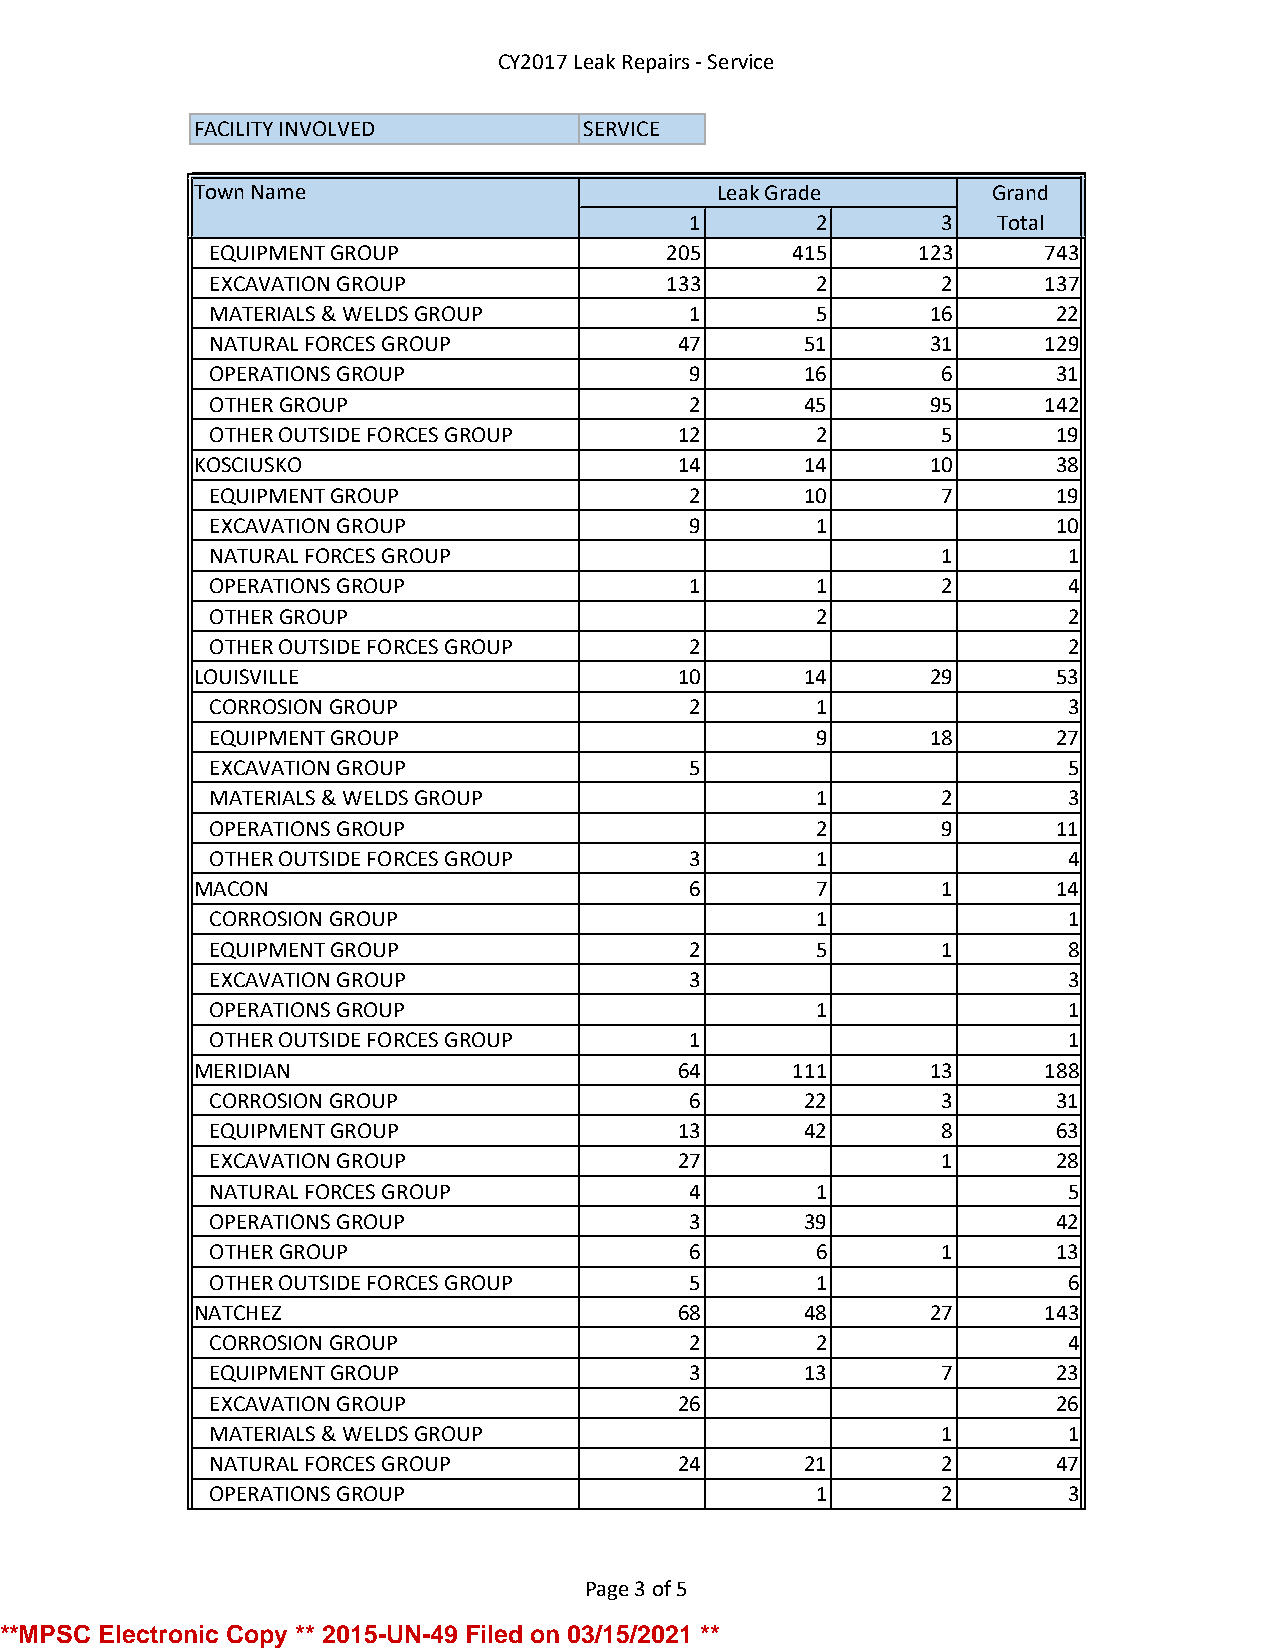
CY2017 Leak Repairs - Service
 FACILITY INVOLVED         SERVICE
 Town Name                         Leak Grade         Grand
 1       2       3   Total
 EQUIPMENT GROUP               205     415      123     743
 EXCAVATION GROUP              133       2       2      137
 MATERIALS & WELDS GROUP         1       5       16      22
 NATURAL FORCES GROUP           47      51       31     129
 OPERATIONS GROUP                9      16       6       31
 OTHER GROUP                     2      45       95     142
 OTHER OUTSIDE FORCES GROUP     12       2       5       19
 KOSCIUSKO                       14      14       10      38
 EQUIPMENT GROUP                 2      10       7       19
 EXCAVATION GROUP                9       1               10
 NATURAL FORCES GROUP                            1        1
 OPERATIONS GROUP                1       1       2        4
 OTHER GROUP                             2                2
 OTHER OUTSIDE FORCES GROUP      2                        2
 LOUISVILLE                      10      14       29      53
 CORROSION GROUP                 2       1                3
 EQUIPMENT GROUP                         9       18      27
 EXCAVATION GROUP                5                        5
 MATERIALS & WELDS GROUP                 1       2        3
 OPERATIONS GROUP                        2       9       11
 OTHER OUTSIDE FORCES GROUP      3       1                4
 MACON                            6       7       1       14
 CORROSION GROUP                         1                1
 EQUIPMENT GROUP                 2       5       1        8
 EXCAVATION GROUP                3                        3
 OPERATIONS GROUP                        1                1
 OTHER OUTSIDE FORCES GROUP      1                        1
 MERIDIAN                        64     111       13     188
 CORROSION GROUP                 6      22       3       31
 EQUIPMENT GROUP                13      42       8       63
 EXCAVATION GROUP               27               1       28
 NATURAL FORCES GROUP            4       1                5
 OPERATIONS GROUP                3      39               42
 OTHER GROUP                     6       6       1       13
 OTHER OUTSIDE FORCES GROUP      5       1                6
 NATCHEZ                         68      48       27     143
 CORROSION GROUP                 2       2                4
 EQUIPMENT GROUP                 3      13       7       23
 EXCAVATION GROUP               26                       26
 MATERIALS & WELDS GROUP                         1        1
 NATURAL FORCES GROUP           24      21       2       47
 OPERATIONS GROUP                        1       2        3
 Page 3 of 5
 **MPSC Electronic Copy ** 2015-UN-49 Filed on 03/15/2021 **